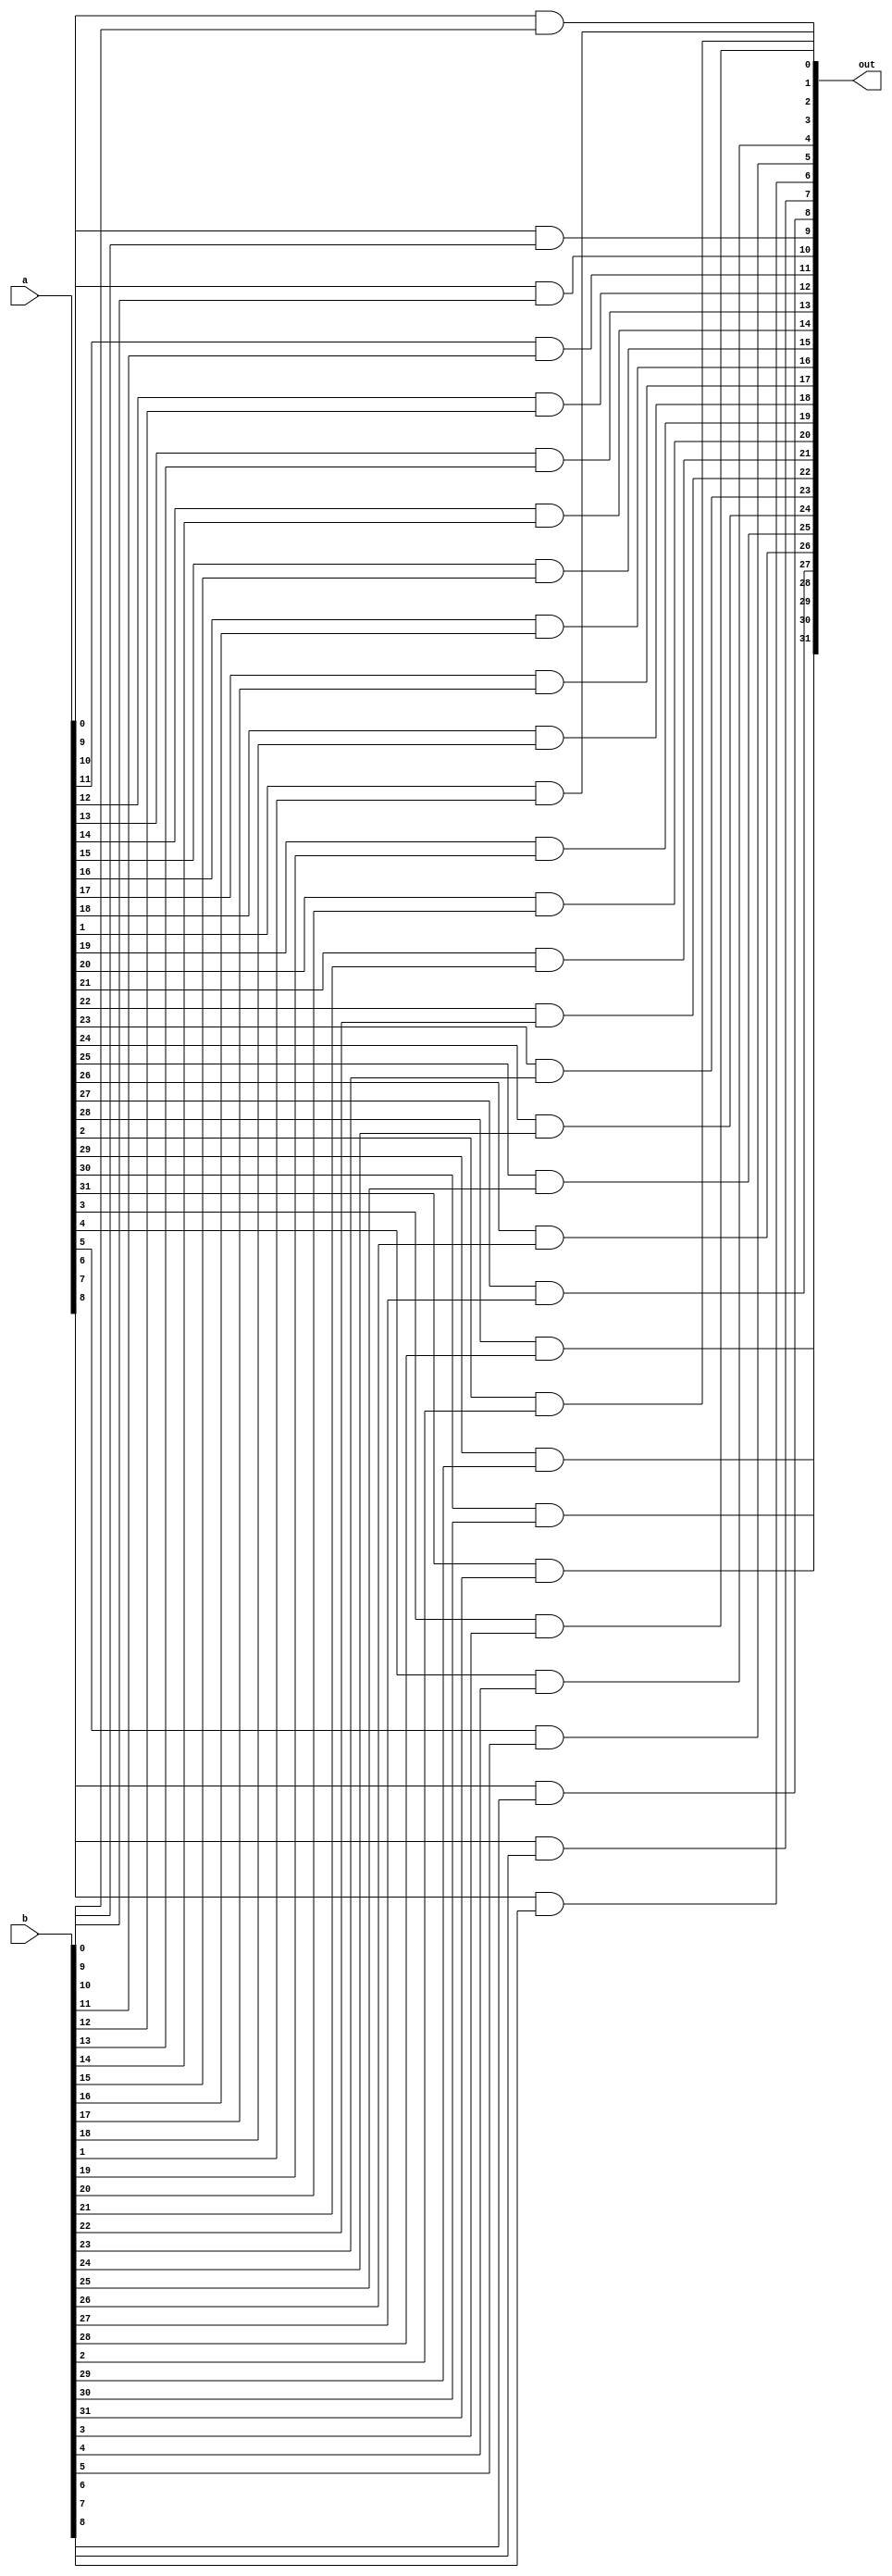
module bitwise_and(a, b, out);
	input [31:0] a, b;
	output [31:0] out;
	genvar c;
	generate
		for(c = 0; c < 32; c = c +1) begin: loop1
			and(out[c], a[c], b[c]);
		end
	endgenerate
endmodule